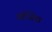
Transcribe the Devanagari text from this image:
फ़ीजिया